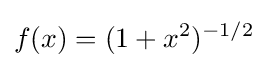
f(x)=(1+x^{2})^{-1/2}